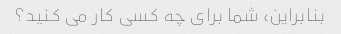
بنابراین، شما برای چه کسی کار می کنید؟